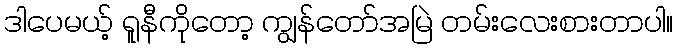
ဒါပေမယ့် ရူနီကိုတော့ ကျွန်တော်အမြဲ တမ်းလေးစားတာပါ။